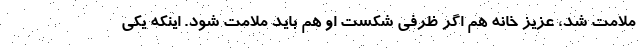
ملامت شد، عزیز خانه هم اگر ظرفی شکست او هم باید ملامت شود. اینکه یکی